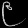
Digit: ၉